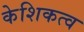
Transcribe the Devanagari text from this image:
केशिकत्व